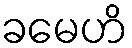
ခမေဟိ